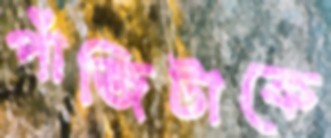
পাঁজিটাকে